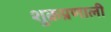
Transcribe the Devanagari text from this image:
शुक्रप्रणाली